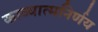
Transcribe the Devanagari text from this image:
काव्यात्मनिर्णय